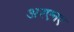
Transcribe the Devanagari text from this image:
अरएनए